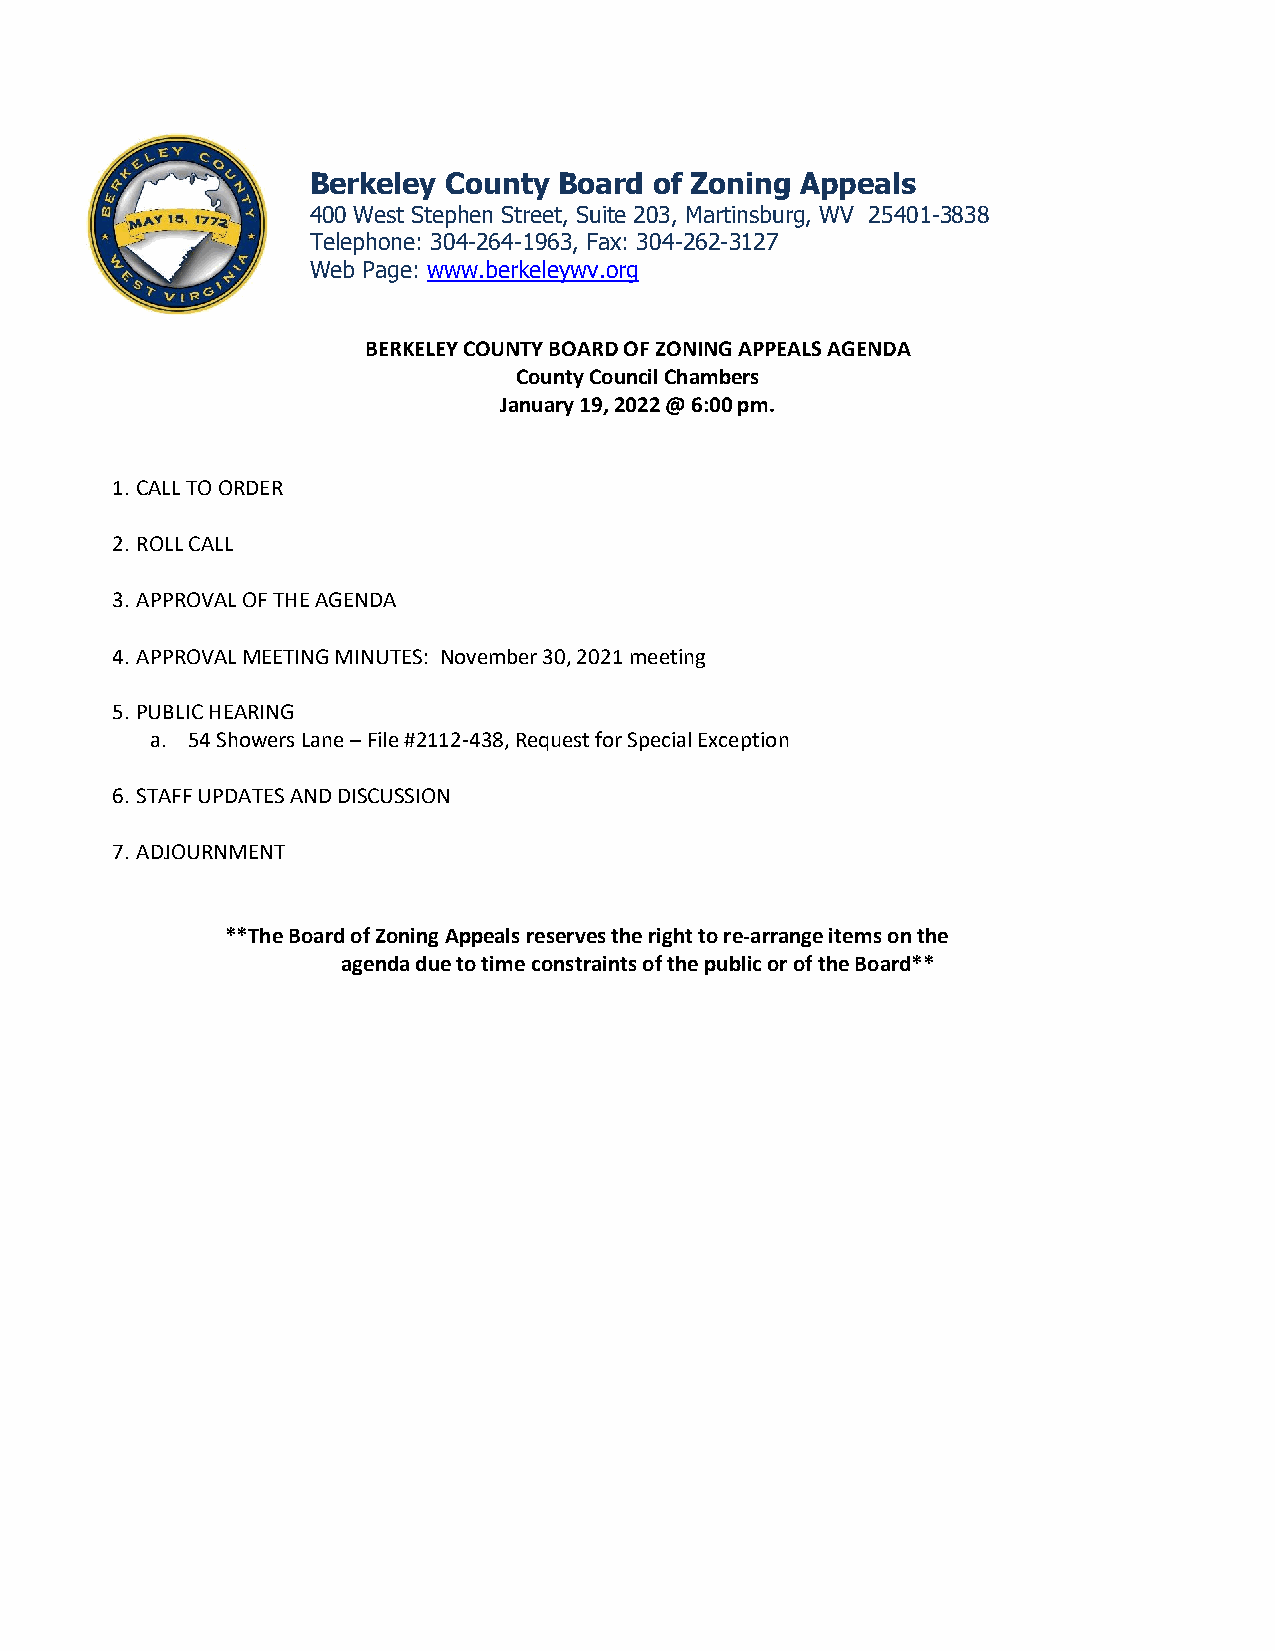
Berkeley  County Board of Zoning Appeals
 400 West Stephen Street, Suite 203, Martinsburg, WV 25401-3838
 Telephone: 304-264-1963, Fax: 304-262-3127
 Web Page: www.berkeleywv.org
 BERKELEY COUNTY BOARD OF ZONING APPEALS AGENDA
 County Council Chambers
 January 19, 2022 @ 6:00 pm.
 1. CALL TO ORDER
 2. ROLL CALL
 3. APPROVAL OF THE AGENDA
 4. APPROVAL MEETING MINUTES: November 30, 2021 meeting
 5. PUBLIC HEARING
 a. 54 Showers Lane – File #2112-438, Request for Special Exception
 6. STAFF UPDATES AND DISCUSSION
 7. ADJOURNMENT
 **The Board of Zoning Appeals reserves the right to re-arrange items on the
 agenda due to time constraints of the public or of the Board**